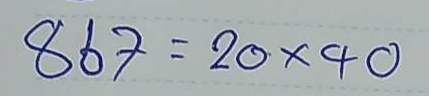
867 = 20x40